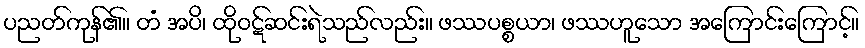
ပညတ်ကုန်၏။ တံ အပိ၊ ထိုဝဋ်ဆင်းရဲသည်လည်း။ ဖဿပစ္စယာ၊ ဖဿဟူသော အကြောင်းကြောင့်။